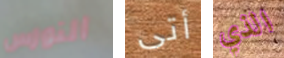
النورس أتى الذي